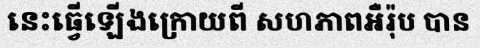
នេះធ្វើឡើងក្រោយពី សហភាពអឺរ៉ុប បាន